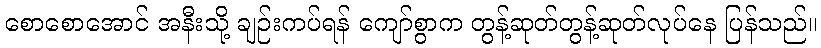
စောစောအောင် အနီးသို့ ချဉ်းကပ်ရန် ကျော်စွာက တွန့်ဆုတ်တွန့်ဆုတ်လုပ်နေ ပြန်သည်။